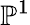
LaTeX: \mathbb{P}^{1}